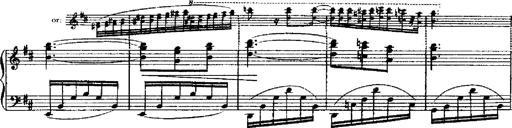
Title: RÃ©miniscences de Robert le diable
Composer: Franz Liszt